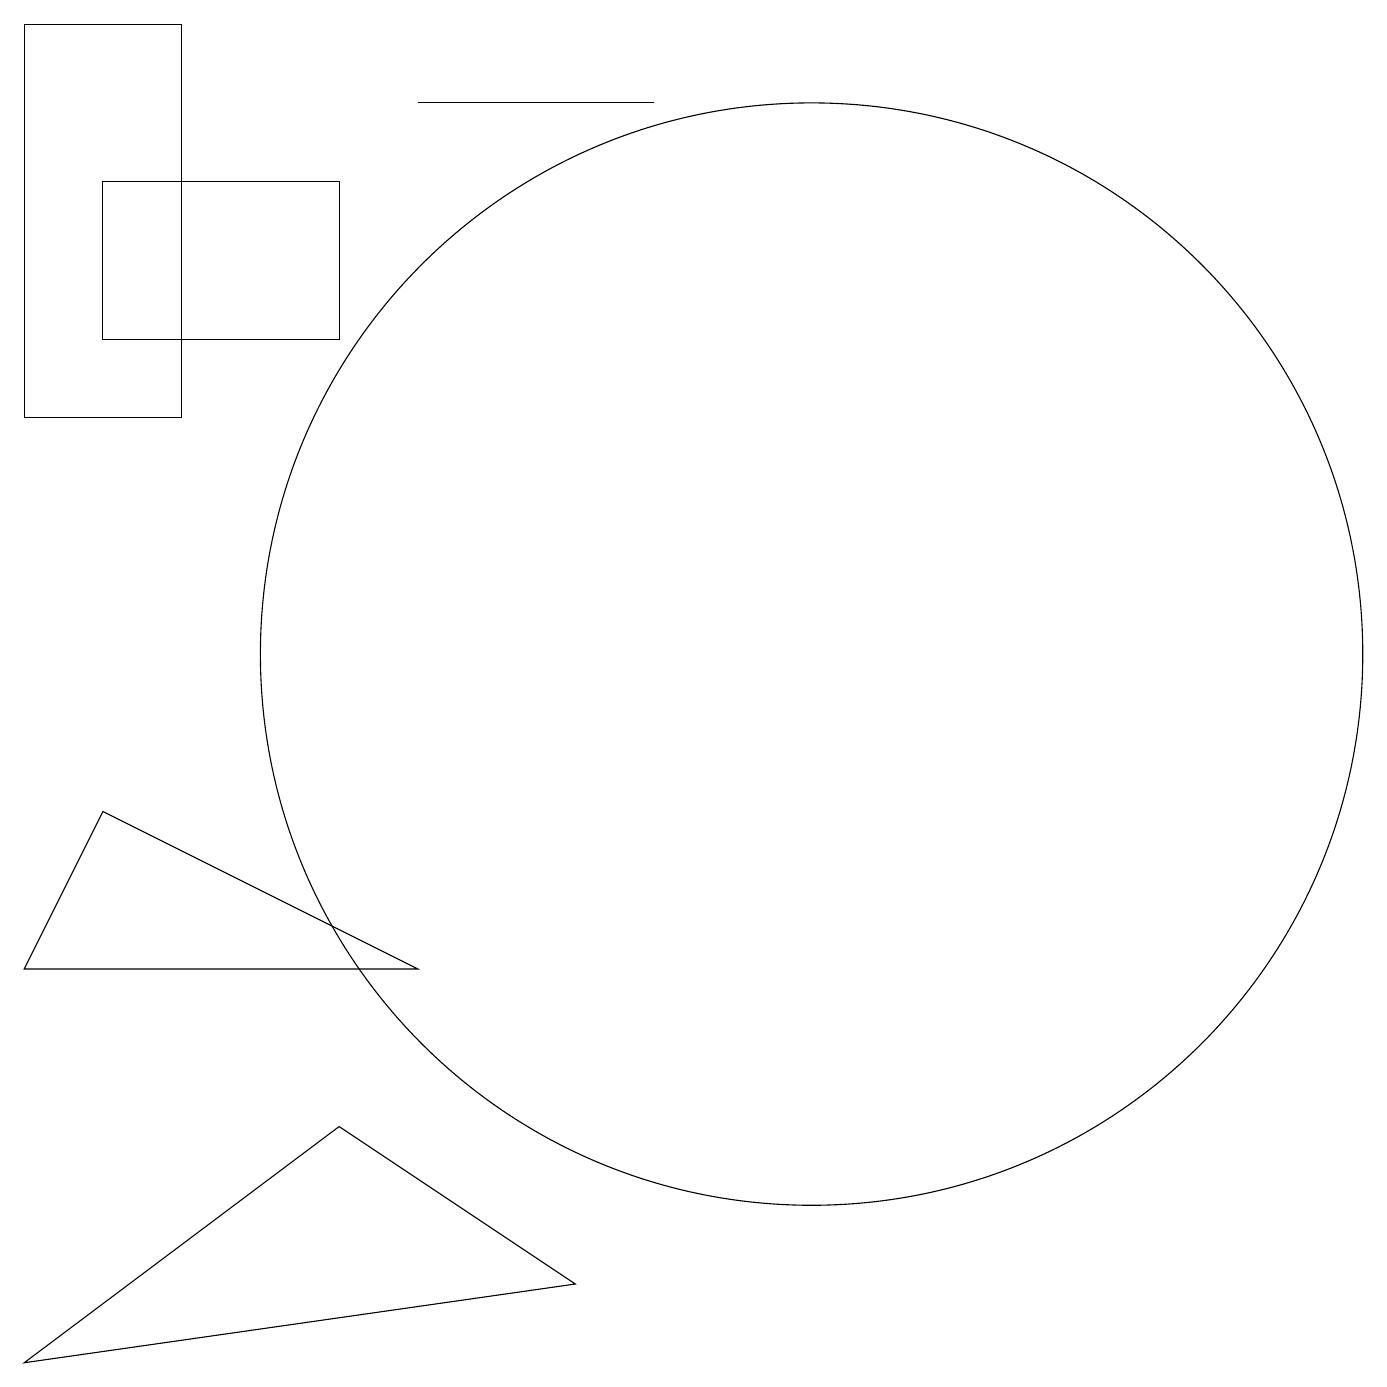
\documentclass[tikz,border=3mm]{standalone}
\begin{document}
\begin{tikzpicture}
\draw (5,4) -- (1,1) -- (8,2) -- cycle;
\draw (1,18) rectangle (3,13);
\draw (11,10) circle (7);
\draw (6,6) -- (2,8) -- (1,6) -- cycle;
\draw (6,17) rectangle (9,17);
\draw (5,16) rectangle (2,14);
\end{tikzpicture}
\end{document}